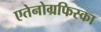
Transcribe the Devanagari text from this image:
एतेनोग्रफिस्का